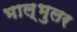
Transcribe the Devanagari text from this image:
भाल्भुलर